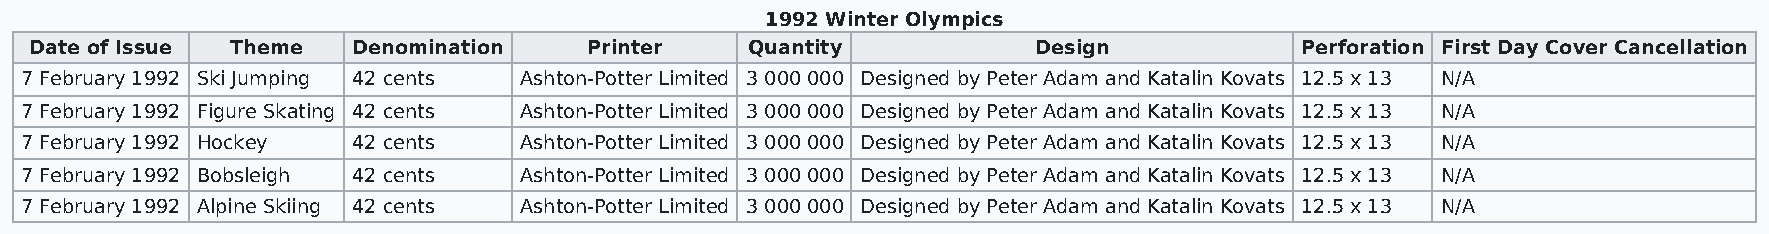
1992 Winter Olympics
 Date of Issue Theme  Denomination    Printer    Quantity           Design           Perforation First Day Cover Cancellation
 7 February 1992 Ski Jumping 42 cents Ashton-Potter Limited 3 000 000 Designed by Peter Adam and Katalin Kovats 12.5 x 13 N/A
 7 February 1992 Figure Skating 42 cents Ashton-Potter Limited 3 000 000 Designed by Peter Adam and Katalin Kovats 12.5 x 13 N/A
 7 February 1992 Hockey 42 cents  Ashton-Potter Limited 3 000 000 Designed by Peter Adam and Katalin Kovats 12.5 x 13 N/A
 7 February 1992 Bobsleigh 42 cents Ashton-Potter Limited 3 000 000 Designed by Peter Adam and Katalin Kovats 12.5 x 13 N/A
 7 February 1992 Alpine Skiing 42 cents Ashton-Potter Limited 3 000 000 Designed by Peter Adam and Katalin Kovats 12.5 x 13 N/A